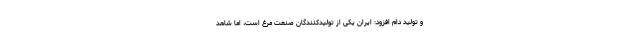
و تولید دام افزود: ایران یکی از تولیدکنندگان صنعت مرغ است، اما شاهد